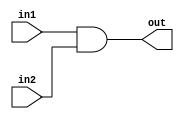
module bit32AND (out,in1,in2);
input [31:0] in1,in2;
output [31:0] out;
assign {out}=in1 &in2;
endmodule

module bit32OR(out,in1,in2);
input [31:0] in1,in2;
output [31:0] out;
assign out = in1 | in2;
endmodule

module FA_dataflow (Cout, Sum,In1,In2,Cin);
input [31:0] In1,In2;
input Cin;
output Cout;
output [31:0] Sum;
assign {Cout,Sum}=In1+In2+Cin;
endmodule

module mux2to1(out,sel,in1,in2,in3);
 input in1,in2,in3;input [1:0] sel;
 output out;
 wire [1:0] not_sel;wire a1,a2,a3;
 not (not_sel[0],sel[0]);
 not (not_sel[1],sel[1]);
 and (a1,not_sel[1],not_sel[0],in1);
 and (a2,not_sel[1],sel[0],in2);
 and (a3,sel[1],not_sel[0],in3);
 or (out,a1,a2,a3);
endmodule

module bit8_2to1mux(out,sel,in1,in2,in3);
 input [7:0] in1,in2,in3;
 output [7:0] out;
 input [1:0] sel;
 genvar j;

 generate for (j=0; j<8;j=j+1) begin: mux_loop

 mux2to1 m1(out[j],sel,in1[j],in2[j],in3[j]);

end
endgenerate
endmodule

module bit32_2to1mux(out,sel,in1,in2,in3);
	input [31:0] in1,in2,in3;
	output [31:0] out;
	input [1:0] sel;
	genvar j;
	generate for(j=0;j<25;j=j+8) 
		begin:mux1_loop
			bit8_2to1mux s1(out[j+7:j],sel,in1[j+7:j],in2[j+7:j],in3[j+7:j]);
		end
	endgenerate
endmodule

module ALU(a,b,binvert,cin,op,out,cout);
	input [31:0] a,b;
	input binvert,cin;
	input [1:0] op;
	output cout;
	output [31:0] out;
	wire [31:0] nd,o,sum, i;
	assign i = binvert ? ~b:b;
	bit32AND a1(nd,a,b);
	bit32OR b1(o,a,b);
	FA_dataflow f(cout,sum,a,i,cin);
	bit32_2to1mux m1(out,op,nd,o,sum);
endmodule

module instructionmemory(instruction,pointer);
	input [4:0] pointer;
	//input clk;
	output reg [31:0] instruction;
	reg [31:0] memory[0:31];//size of im 32 bit im[0:size] size represents number of adrress
	initial 
	begin
	memory[0] = 32'b00000000000000000000000000000000;  // nop
    memory[1] = 32'b00000000000000000000000000000000;  // nop
    memory[2] = 32'b00000000000000000000000000000000;  // nop
    memory[3] = 32'b10001100000100010000000000001000;  // lw  $s1($17), 8($0)
    memory[4] = 32'b10001100000100100000000000000100;  // lw  $s2($18), 4($0)
    memory[5] = 32'b00000010001100100100000000100000;  // add $t0($8), $s1($17), $s2($18)
    memory[6] = 32'b00000000000000010000000000000000;  // nop
    memory[7] = 32'b00000000000000000000000000000000;  // nop
    memory[8] = 32'b00000000000000000000000000000000;  // nop
    memory[9] = 32'b00000000000000000000000000000000;  // nop
    memory[10]= 32'b00000000000000000000000000000000;  // nop
    memory[11]= 32'b00000000000000000000000000000000;  // nop
    memory[12]= 32'b00000000000000000000000000000000;  // nop
    memory[13]= 32'b00000000000000000000000000000000;  // nop
    memory[14]= 32'b00000000000000000000000000000000;  // nop
    memory[15]= 32'b00000000000000000000000000000000;  // nop
    memory[16]= 32'b00000000000000000000000000000000;  // nop
    memory[17]= 32'b00000000000000000000000000000000;  // nop
    memory[18]= 32'b00000000000000000000000000000000;  // nop 
    memory[19]= 32'b00000000000000000000000000000000;  // nop
    memory[20]= 32'b00000000000000000000000000000000;  // nop
    memory[21]= 32'b00000000000000000000000000000000;  // nop
    memory[22]= 32'b00000000000000000000000000000000;  // nop
    memory[23]= 32'b00000000000000000000000000000000;  // nop
    memory[24]= 32'b00000000000000000000000000000000;  // nop
    memory[25]= 32'b00000000000000000000000000000000;  // nop
    memory[26]= 32'b00000000000000000000000000000000;  // nop
    memory[27]= 32'b00000000000000000000000000000000;  // nop
    memory[28]= 32'b00000000000000000000000000000000;  // nop 
    memory[29]= 32'b00000000000000000000000000000000;  // nop
    memory[30]= 32'b00000000000000000000000000000000;  // nop
    memory[31]= 32'b00000000000000000000000000000000;  // nop
	end
	integer addr;
	always@(*)
	begin
	addr=pointer;
	instruction = memory[addr];
	end
endmodule
//PC
module PC(out,in);
	input [4:0] in;
	output reg [4:0] out;
	always@(*)
		out = in;
endmodule

module  ALUControlUnit(Op, Func, ALUOp0, ALUOp1);
  input [5:0] Func;
  input ALUOp0, ALUOp1;
  output  [2:0] Op;
  assign  Op[0] = ALUOp1 & (Func[3] | Func[0]);
  assign  Op[1] = (~ALUOp1) | (~Func[2]);
  assign  Op[2] = ALUOp0 | (ALUOp1 & Func[1]);
endmodule

module  MainControlUnit(RegDst, ALUSrc, MemToReg, RegWrite, MemRead, MemWrite, Branch, ALUOp0, ALUOp1, Op);
  output  RegDst, ALUSrc, MemToReg, RegWrite, MemRead, MemWrite, Branch, ALUOp0, ALUOp1;
  input [5:0] Op;
  wire  RFormat, LW, SW, BEQ;
  assign  RFormat = (~Op[5])&(~Op[4])&(~Op[3])&(~Op[2])&(~Op[1])&(~Op[0]);
  assign  LW = (Op[5])&(~Op[4])&(~Op[3])&(~Op[2])&(Op[1])&(Op[0]);
  assign  SW = (Op[5])&(~Op[4])&(Op[3])&(~Op[2])&(Op[1])&(Op[0]);
  assign  BEQ = (~Op[5])&(~Op[4])&(~Op[3])&(Op[2])&(~Op[1])&(~Op[0]);
  assign  RegDst = RFormat;
  assign  ALUSrc = LW | SW;
  assign  MemToReg = LW;
  assign  RegWrite = RFormat | LW;
  assign  MemRead = LW;
  assign  MemWrite = SW;
  assign  Branch = BEQ;
  assign  ALUOp0 = RFormat;
  assign  ALUOp1 = BEQ;
endmodule

module reg_32bit(q,d,clk,reset);//neg-reset
	input [31:0] d;
	input clk,reset;
	output reg [31:0] q;
	
	initial
	q=32'd2;
	
	always@(posedge clk)
	begin
	if(!reset)
		q<=32'd2;
	else
		q<=d;
	end
endmodule

module mux32_1(Out, Data00, Data01, Data02, Data03, Data04, Data05, Data06, Data07, Data08, Data09, Data10, Data11, Data12, Data13, Data14, Data15, Data16, Data17, Data18, Data19, Data20, Data21, Data22, Data23, Data24, Data25, Data26, Data27, Data28, Data29, Data30, Data31, Select);
  input [31:0]  Data00, Data01, Data02, Data03, Data04, Data05, Data06, Data07, Data08, Data09, Data10, Data11, Data12, Data13, Data14, Data15, Data16, Data17, Data18, Data19, Data20, Data21, Data22, Data23, Data24, Data25, Data26, Data27, Data28, Data29, Data30, Data31;
  input [4:0] Select;
  output  [31:0]  Out;
  reg [31:0]  Out;
  always @ (Data00 or Data01 or Data02 or Data03 or Data04 or Data05 or Data06 or Data07 or Data08 or Data09 or Data10 or Data11 or Data12 or Data13 or Data14 or Data15 or Data16 or Data17 or Data18 or Data19 or Data20 or Data21 or Data22 or Data23 or Data24 or Data25 or Data26 or Data27 or Data28 or Data29 or Data30 or Data31 or Select)
    case  (Select)
      5'b00000:  Out = Data00;
      5'b00001:  Out = Data01;
      5'b00010:  Out = Data02;
      5'b00011:  Out = Data03;
      5'b00100:  Out = Data04;
      5'b00101:  Out = Data05;
      5'b00110:  Out = Data06;
      5'b00111:  Out = Data07;
      5'b01000:  Out = Data08;
      5'b01001:  Out = Data09;
      5'b01010:  Out = Data10;
      5'b01011:  Out = Data11;
      5'b01100:  Out = Data12;
      5'b01101:  Out = Data13;
      5'b01110:  Out = Data14;
      5'b01111:  Out = Data15;
      5'b10000:  Out = Data16;
      5'b10001:  Out = Data17;
      5'b10010:  Out = Data18;
      5'b10011:  Out = Data19;
      5'b10100:  Out = Data20;
      5'b10101:  Out = Data21;
      5'b10110:  Out = Data22;
      5'b10111:  Out = Data23;
      5'b11000:  Out = Data24;
      5'b11001:  Out = Data25;
      5'b11010:  Out = Data26;
      5'b11011:  Out = Data27;
      5'b11100:  Out = Data28;
      5'b11101:  Out = Data29;
      5'b11110:  Out = Data30;
      5'b11111:  Out = Data31;
    endcase
endmodule

module decoder5_32(Out, In);
  input [4:0] In;
  output reg [31:0] Out;
  always@(*)
  begin
		Out[0] = (~In[4] & ~In[3] & ~In[2] & ~In[1] & ~In[0]);
          Out[1] = (~In[4] & ~In[3] & ~In[2] & ~In[1] & In[0]);
          Out[2] = (~In[4] & ~In[3] & ~In[2] & In[1] & ~In[0]);
          Out[3] = (~In[4] & ~In[3] & ~In[2] & In[1] & In[0]);
          Out[4] = (~In[4] & ~In[3] & In[2] & ~In[1] & ~In[0]);
          Out[5] = (~In[4] & ~In[3] & In[2] & ~In[1] & In[0]);
          Out[6] = (~In[4] & ~In[3] & In[2] & In[1] & ~In[0]);
          Out[7] = (~In[4] & ~In[3] & In[2] & In[1] & In[0]);
          Out[8] = (~In[4] & In[3] & ~In[2] & ~In[1] & ~In[0]);
          Out[9] = (~In[4] & In[3] & ~In[2] & ~In[1] & In[0]);
          Out[10] = (~In[4] & In[3] & ~In[2] & In[1] & ~In[0]);
          Out[11] = (~In[4] & In[3] & ~In[2] & In[1] & In[0]);
          Out[12] = (~In[4] & In[3] & In[2] & ~In[1] & ~In[0]);
          Out[13] = (~In[4] & In[3] & In[2] & ~In[1] & In[0]);
          Out[14] = (~In[4] & In[3] & In[2] & In[1] & ~In[0]);
          Out[15] = (~In[4] & In[3] & In[2] & In[1] & In[0]);
          Out[16] = (In[4] & ~In[3] & ~In[2] & ~In[1] & ~In[0]);
          Out[17] = (In[4] & ~In[3] & ~In[2] & ~In[1] & In[0]);
          Out[18] = (In[4] & ~In[3] & ~In[2] & In[1] & ~In[0]);
          Out[19] = (In[4] & ~In[3] & ~In[2] & In[1] & In[0]);
          Out[20] = (In[4] & ~In[3] & In[2] & ~In[1] & ~In[0]);
          Out[21] = (In[4] & ~In[3] & In[2] & ~In[1] & In[0]);
          Out[22] = (In[4] & ~In[3] & In[2] & In[1] & ~In[0]);
          Out[23] = (In[4] & ~In[3] & In[2] & In[1] & In[0]);
          Out[24] = (In[4] & In[3] & ~In[2] & ~In[1] & ~In[0]);
          Out[25] = (In[4] & In[3] & ~In[2] & ~In[1] & In[0]);
          Out[26] = (In[4] & In[3] & ~In[2] & In[1] & ~In[0]);
          Out[27] = (In[4] & In[3] & ~In[2] & In[1] & In[0]);
          Out[28] = (In[4] & In[3] & In[2] & ~In[1] & ~In[0]);
          Out[29] = (In[4] & In[3] & In[2] & ~In[1] & In[0]);
          Out[30] = (In[4] & In[3] & In[2] & In[1] & ~In[0]);
          Out[31] = (In[4] & In[3] & In[2] & In[1] & In[0]);
	end
endmodule


module RegFile_32(ReadData1, ReadData2, Clock, Reset, RegWrite, ReadReg1, ReadReg2, WriteRegNo, WriteData);
  input Clock, Reset, RegWrite;
  input [4:0] ReadReg1, ReadReg2, WriteRegNo;
  input [31:0]  WriteData;
  output  [31:0]  ReadData1, ReadData2;
  wire  [31:0]  Data0, Data1, Data2, Data3, Data4, Data5, Data6, Data7, Data8, Data9, Data10, Data11, Data12, Data13, Data14, Data15, Data16, Data17, Data18, Data19, Data20, Data21, Data22, Data23, Data24, Data25, Data26, Data27, Data28, Data29, Data30, Data31;
  wire  [31:0] Decode;
  wire  [31:0]c;
  genvar  j;
  decoder5_32 dec(Decode, WriteRegNo);
  generate
    for(j = 0; j < 32; j = j + 1) begin:  and_loop
      and g(c[j], RegWrite, Decode[j], Clock);
    end
  endgenerate
  reg_32bit r0(Data0, WriteData, c[0], Reset);
  reg_32bit r1(Data1, WriteData, c[1], Reset);
  reg_32bit r2(Data2, WriteData, c[2], Reset);
  reg_32bit r3(Data3, WriteData, c[3], Reset);
  reg_32bit r4(Data4, WriteData, c[4], Reset);
  reg_32bit r5(Data5, WriteData, c[5], Reset);
  reg_32bit r6(Data6, WriteData, c[6], Reset);
  reg_32bit r7(Data7, WriteData, c[7], Reset);
  reg_32bit r8(Data8, WriteData, c[8], Reset);
  reg_32bit r9(Data9, WriteData, c[9], Reset);
  reg_32bit r10(Data10, WriteData, c[10], Reset);
  reg_32bit r11(Data11, WriteData, c[11], Reset);
  reg_32bit r12(Data12, WriteData, c[12], Reset);
  reg_32bit r13(Data13, WriteData, c[13], Reset);
  reg_32bit r14(Data14, WriteData, c[14], Reset);
  reg_32bit r15(Data15, WriteData, c[15], Reset);
  reg_32bit r16(Data16, WriteData, c[16], Reset);
  reg_32bit r17(Data17, WriteData, c[17], Reset);
  reg_32bit r18(Data18, WriteData, c[18], Reset);
  reg_32bit r19(Data19, WriteData, c[19], Reset);
  reg_32bit r20(Data20, WriteData, c[20], Reset);
  reg_32bit r21(Data21, WriteData, c[21], Reset);
  reg_32bit r22(Data22, WriteData, c[22], Reset);
  reg_32bit r23(Data23, WriteData, c[23], Reset);
  reg_32bit r24(Data24, WriteData, c[24], Reset);
  reg_32bit r25(Data25, WriteData, c[25], Reset);
  reg_32bit r26(Data26, WriteData, c[26], Reset);
  reg_32bit r27(Data27, WriteData, c[27], Reset);
  reg_32bit r28(Data28, WriteData, c[28], Reset);
  reg_32bit r29(Data29, WriteData, c[29], Reset);
  reg_32bit r30(Data30, WriteData, c[30], Reset);
  reg_32bit r31(Data31, WriteData, c[31], Reset);
  mux32_1 m0(ReadData1, Data0, Data1, Data2, Data3, Data4, Data5, Data6, Data7, Data8, Data9, Data10, Data11, Data12, Data13, Data14, Data15, Data16, Data17, Data18, Data19, Data20, Data21, Data22, Data23, Data24, Data25, Data26, Data27, Data28, Data29, Data30, Data31, ReadReg1);
  mux32_1 m1(ReadData2, Data0, Data1, Data2, Data3, Data4, Data5, Data6, Data7, Data8, Data9, Data10, Data11, Data12, Data13, Data14, Data15, Data16, Data17, Data18, Data19, Data20, Data21, Data22, Data23, Data24, Data25, Data26, Data27, Data28, Data29, Data30, Data31, ReadReg2);
endmodule

module signextender(out,in);
	input [15:0] in;
	output [31:0] out;
	assign out = { {16{in[15]}}, in};
endmodule

module SCDP(ALU_output,PC,reset,clk);
	input reset,clk;
	input [4:0] PC;
	output [31:0] ALU_output;
	wire [4:0] im_in;
	wire [31:0] instruction;
	reg [4:0] w1;
	
	PC p1(im_in,PC);
	instructionmemory ins_mem(instruction,im_in);
	
	wire RegDst, ALUSrc, MemToReg, RegWrite, MemRead, MemWrite, Branch, ALUOp0, ALUOp1;
	MainControlUnit mcu(RegDst, ALUSrc, MemToReg, RegWrite, MemRead, MemWrite, Branch, ALUOp0, ALUOp1, instruction[31:26]);
	always@(*)
	begin
		if(RegDst)
		w1=instruction[15:11];
		else
		w1 = instruction[20:16];
	end
	wire [31:0] ReadData1,ReadData2;
	RegFile_32 r32(ReadData1, ReadData2, clk, reset, RegWrite, instruction[25:21], instruction[20:16], w1, ALU_output);
	
	wire [31:0] sign_ext;
	signextender se(sign_ext,instruction[15:0]);
	
	reg [31:0] addB;
	always@(*)
	begin
		if(ALUSrc)
		addB = sign_ext;
		else
		addB = ReadData2;
	end
	
	wire [2:0] aluOp;
	ALUControlUnit au(aluOp,instruction[5:0], ALUOp0,ALUOp1);
	
	wire cout;
	ALU a1(ReadData1,addB,1'b0,1'b0,aluOp[1:0],ALU_output,cout);
	
endmodule
	
module TestBench;
wire [31:0] ALU_output;
reg [4:0] PC;
reg reset,clk;
SCDP sdp(ALU_output,PC,reset,clk);
initial
begin
$monitor("at time %0d IPC = %d, Reset = %d , CLK = %d , ALU Output = %d",$time,PC,reset,clk, ALU_output);
#0 clk = 0; PC = 6;reset=0;
#30 reset = 1;
#400 $finish;
end

always
begin
#10 clk = ~clk;
end

initial
begin
$dumpfile("sc.vcd");
$dumpvars();
end

endmodule